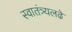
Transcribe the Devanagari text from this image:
स्वातंत्र्यलढे